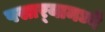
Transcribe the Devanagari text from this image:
पसार्‍यामध्ये